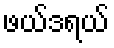
ဖယ်ဒရယ်